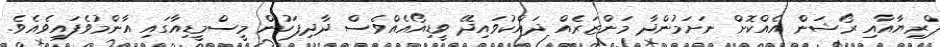
ޕްރިޔާއާއި ރޯޝަން އެއްކޮށް ނަށަމުންދާ މަންޒަރެއް ދައްކުވައިދޭ ވީޑިއޯއެއްވެސް ދާދިފަހުން މީސްމީޑިއާގައި އާންމުވެފައިވެއެވެ.